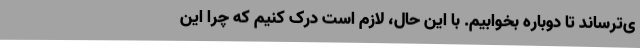
ی‌ترساند تا دوباره بخوابیم. با این حال، لازم است درک کنیم که چرا این